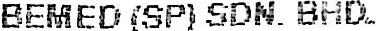
BEMED (SP) SDN. BHD.